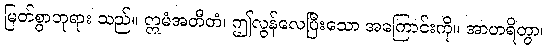
မြတ်စွာဘုရား သည်။ ဣမံအတီတံ၊ ဤလွန်လေပြီးသော အကြောင်းကို။ အာဟရိတွာ၊